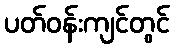
ပတ်ဝန်းကျင်တွင်